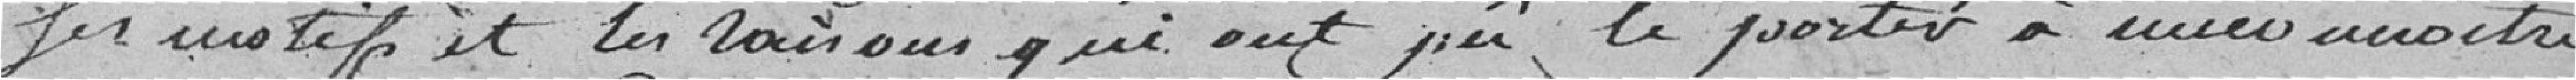
les motifs et les raisons qui ont pu porter à mieux assister